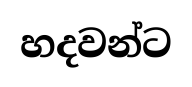
හදවන්ට